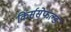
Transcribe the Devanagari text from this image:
किर्ससेफल्ड